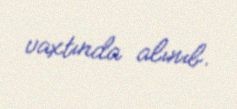
vaxtında alınıb.